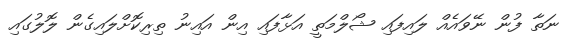
ނަތާ ފުން ނޭވައެއް ލައިފައި ޝޯލްމަތީ އަޅާފައި އިން އައިނު ތިރިކޮށްލައިގެން ލޮލުގައި